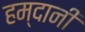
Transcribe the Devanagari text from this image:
हम्दानी